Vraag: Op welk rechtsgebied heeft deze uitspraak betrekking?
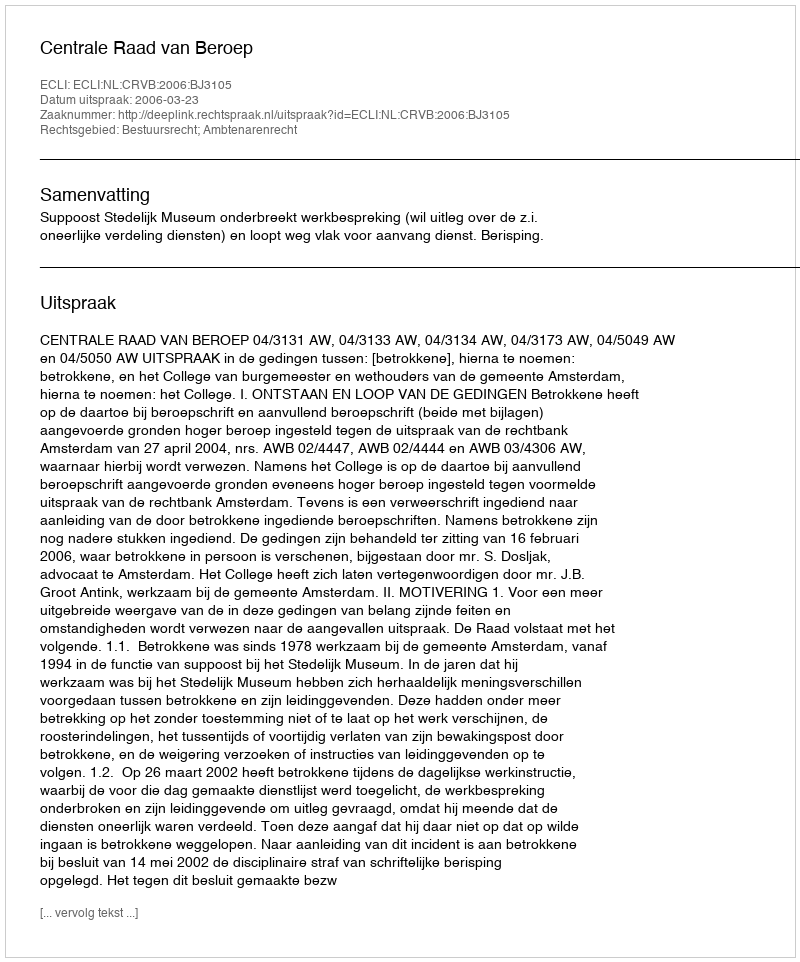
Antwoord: Bestuursrecht; Ambtenarenrecht